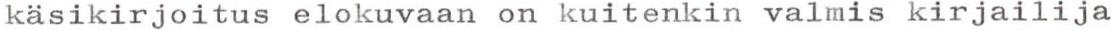
käsikirjoitus elokuvaan on kuitenkin valmis kirjailija